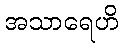
အသာရေဟိ